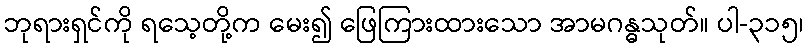
ဘုရားရှင်ကို ရသေ့တို့က မေး၍ ဖြေကြားထားသော အာမဂန္ဓသုတ်။ ပါ-၃၁၅၊